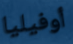
أوفيليا